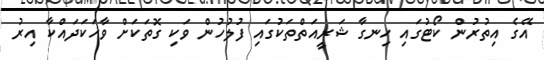
އޭގެ އިތުރުން ކޯޓުގައި ހިނގާ ޝަރީއަތްތަކުގައި ފުލުހުން ވަކި ގޮތަކަށް ވާހަކަދައްކާ އިރު